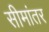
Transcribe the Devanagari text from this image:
सीमांतर